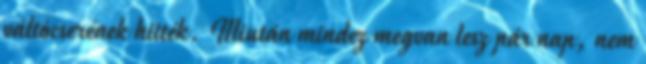
váltócserének hitték. Miután mindez megvan lesz pár nap, nem